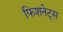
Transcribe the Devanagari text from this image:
फिशनेट्स